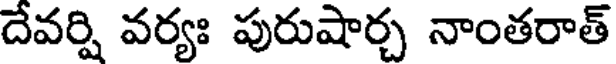
దేవర్షి వర్యః పురుషార్చ నాంతరాత్